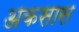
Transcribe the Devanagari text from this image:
अकसास